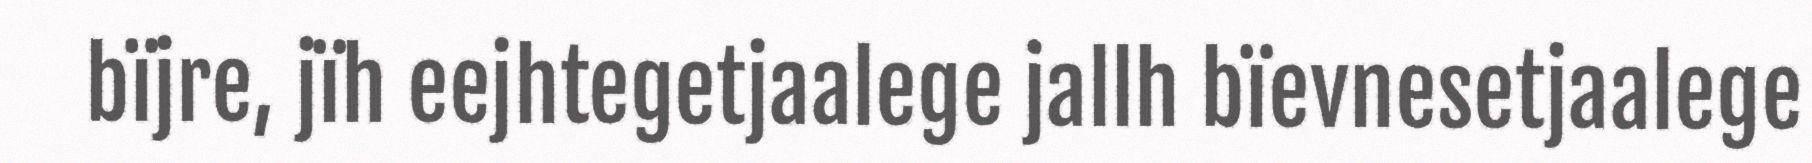
bïjre, jïh eejhtegetjaalege jallh bïevnesetjaalege